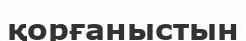
қорғаныстын